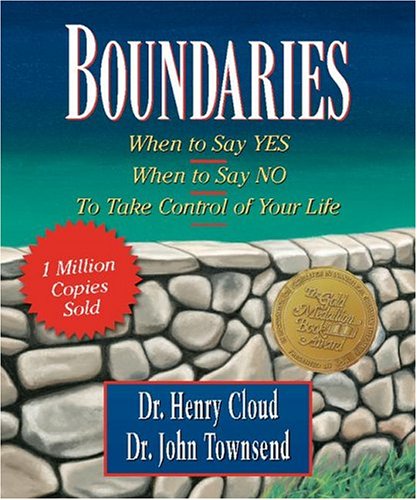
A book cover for Boundaries: When to Say Yes, When to Say No-To Take Control of Your Life [Miniature Edition] (Inspirio/Zondervan Miniature Editions); Dr. Henry Cloud; Crafts, Hobbies & Home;